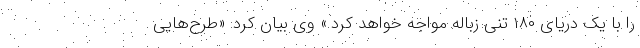
را با یک دریای ۱۸۰ تنی زباله مواجه خواهد کرد.» وی بیان کرد: «طرح‌هایی